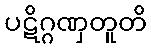
ပဋိဂ္ဂဏှတူတိ